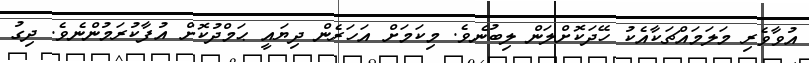
އުވާވެރި މަލަމައްޗަކާއެކު ހޭދަކޮށްލަން ލިބުނެވެ. މިކަމަށް އަހަރެން ދިޔައީ ޙަމްދުކޮށް އުފާކުރަމުންނެވެ. ދިގު